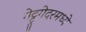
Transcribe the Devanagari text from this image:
गेट्टुगेदरमध्ये